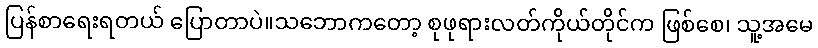
ပြန်စာရေးရတယ် ပြောတာပဲ။သဘောကတော့ စုဖုရားလတ်ကိုယ်တိုင်က ဖြစ်စေ၊ သူ့အမေ